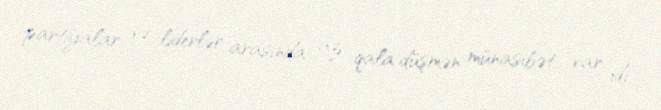
partiyalar və liderlər arasında az qala düşmən münasibət var idi.